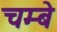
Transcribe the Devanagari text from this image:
चम्बे